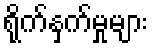
ရိုက်နှက်မှုများ